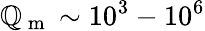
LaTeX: \mathbb{Q}_{\mathrm{{~m~}}}\sim10^{3}-10^{6}